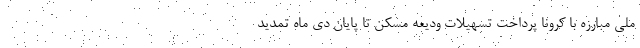
ملی مبارزه با کرونا پرداخت تسهیلات ودیعه مسکن تا پایان دی ماه تمدید